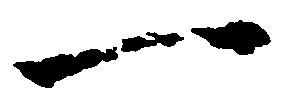
一